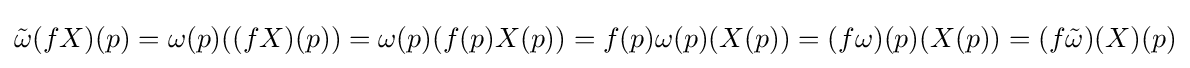
{\tilde {\omega }}(fX)(p)=\omega (p)((fX)(p))=\omega (p)(f(p)X(p))=f(p)\omega (p)(X(p))=(f\omega )(p)(X(p))=(f{\tilde {\omega }})(X)(p)